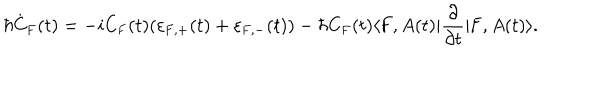
\hbar \dot { \mathrm { C } } _ { \mathrm { F } } ( t ) = - i \mathrm { C } _ { \mathrm { F } } ( t ) ( \varepsilon _ { \mathrm { F } , + } ( t ) + \varepsilon _ { \mathrm { F } , - } ( t ) ) - \hbar \mathrm { C } _ { \mathrm { F } } ( t ) \langle \mathrm { F } , A ( t ) | \frac { \partial } { \partial t } | \mathrm { F } , A ( t ) \rangle .